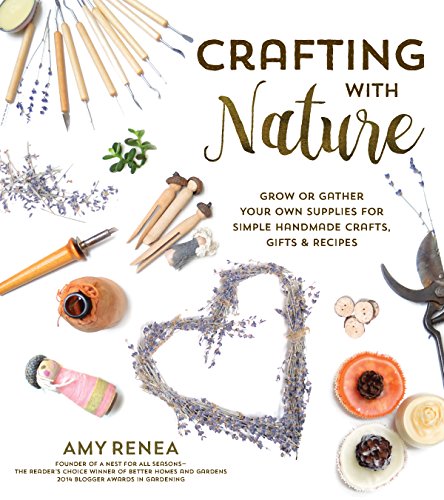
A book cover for Crafting with Nature: Grow or Gather Your Own Supplies for Simple Handmade Crafts, Gifts & Recipes; Amy Renea; Crafts, Hobbies & Home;